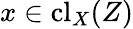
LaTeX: x\in\operatorname{cl}_{X}(Z)